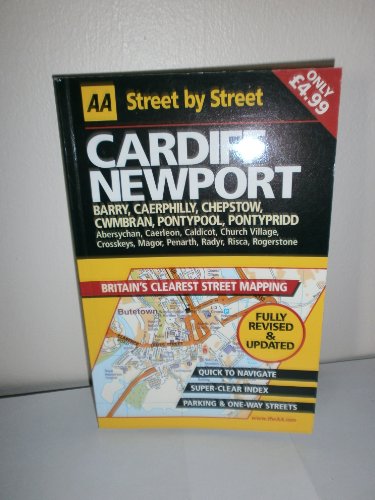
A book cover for AA Street by Street Cardiff, Newport: Midi; Travel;